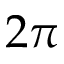
2 \pi